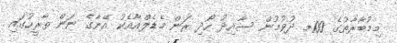
މިމުބާރާތުގެ 100މ ދުވުމުން ސާއިދު ހޯދި ރަން މެޑެލްއާއެކު އޭނާގެ ނަން ތާރީހުގައި